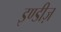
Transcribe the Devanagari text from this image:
इण्डीज़